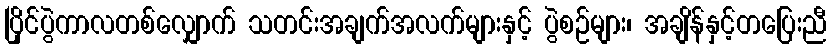
ပြိုင်ပွဲကာလတစ်လျှောက် သတင်းအချက်အလက်များနှင့် ပွဲစဉ်များ၊ အချိန်နှင့်တပြေးညီ